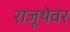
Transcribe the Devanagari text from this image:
राजूथेवर